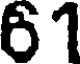
61